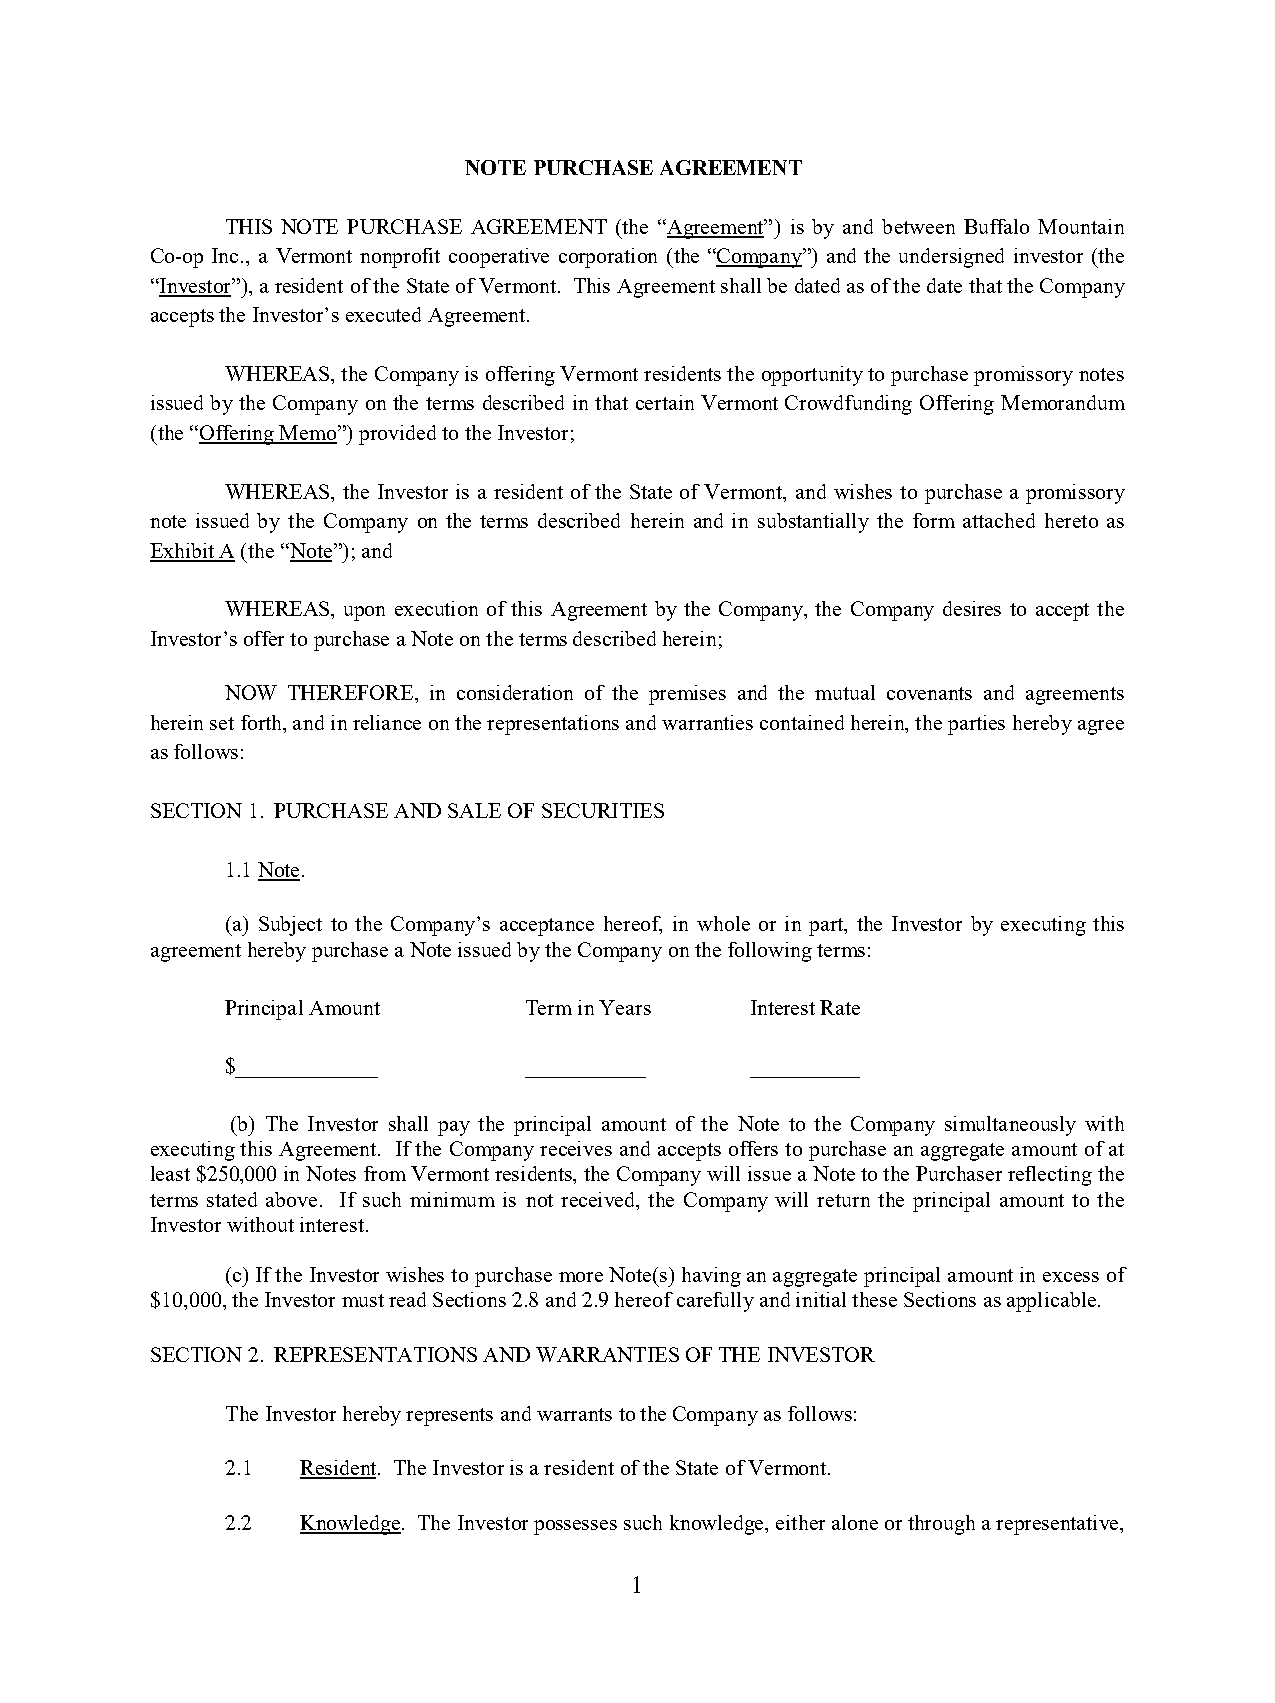
NOTE PURCHASE AGREEMENT
 THIS NOTE PURCHASE AGREEMENT (the “Agreement”) is by and between Buffalo Mountain
 Co-op Inc., a Vermont nonprofit cooperative corporation (the “Company”) and the undersigned investor (the
 “Investor”), a resident of the State of Vermont. This Agreement shall be dated as of the date that the Company
 accepts the Investor’s executed Agreement.
 WHEREAS, the Company is offering Vermont residents the opportunity to purchase promissory notes
 issued by the Company on the terms described in that certain Vermont Crowdfunding Offering Memorandum
 (the “Offering Memo”) provided to the Investor;
 WHEREAS, the Investor is a resident of the State of Vermont, and wishes to purchase a promissory
 note issued by the Company on the terms described herein and in substantially the form attached hereto as
 Exhibit A (the “Note”); and
 WHEREAS, upon execution of this Agreement by the Company, the Company desires to accept the
 Investor’s offer to purchase a Note on the terms described herein;
 NOW THEREFORE, in consideration of the premises and the mutual covenants and agreements
 herein set forth, and in reliance on the representations and warranties contained herein, the parties hereby agree
 as follows:
 SECTION 1. PURCHASE AND SALE OF SECURITIES
 1.1 Note.
 (a) Subject to the Company’s acceptance hereof, in whole or in part, the Investor by executing this
 agreement hereby purchase a Note issued by the Company on the following terms:
 Principal Amount    Term in Years  Interest Rate
 $_____________      ___________    __________
 (b) The Investor shall pay the principal amount of the Note to the Company simultaneously with
 executing this Agreement. If the Company receives and accepts offers to purchase an aggregate amount of at
 least $250,000 in Notes from Vermont residents, the Company will issue a Note to the Purchaser reflecting the
 terms stated above. If such minimum is not received, the Company will return the principal amount to the
 Investor without interest.
 (c) If the Investor wishes to purchase more Note(s) having an aggregate principal amount in excess of
 $10,000, the Investor must read Sections 2.8 and 2.9 hereof carefully and initial these Sections as applicable.
 SECTION 2. REPRESENTATIONS AND WARRANTIES OF THE INVESTOR
 The Investor hereby represents and warrants to the Company as follows:
 2.1  Resident. The Investor is a resident of the State of Vermont.
 2.2  Knowledge. The Investor possesses such knowledge, either alone or through a representative,
 1